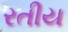
રતીય